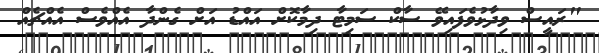
"ރައީސް ވިދާޅުވެފައިވޭ ސާކް ސަމިޓާ ދިމާކޮށް އައްޑު އަށް ގެންދާ އެއްވެސް އެއްޗެއް